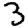
Digit: 3